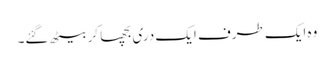
وہ ایک طرف ایک دری بچھا کر بیٹھ گئے۔